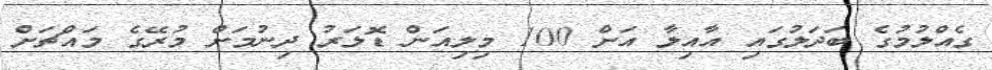
ގެއްލުމުގެ ބަދަލުގައި އާއިލާ އަށް 100 މިލިއަން ޑޮލަރު ދިނުމަށް މުރޭގެ މައްޗަށް